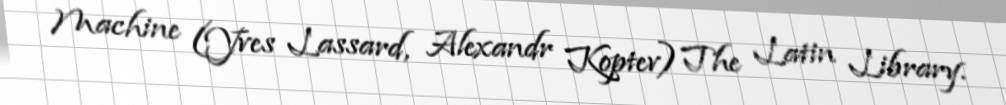
Machine (Yves Lassard, Alexandr Koptev) The Latin Library.